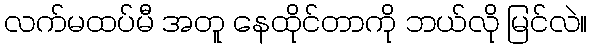
လက်မထပ်မီ အတူ နေထိုင်တာကို ဘယ်လို မြင်လဲ။